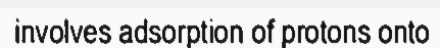
involves adsorption of protons onto